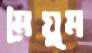
মৈয়ুম